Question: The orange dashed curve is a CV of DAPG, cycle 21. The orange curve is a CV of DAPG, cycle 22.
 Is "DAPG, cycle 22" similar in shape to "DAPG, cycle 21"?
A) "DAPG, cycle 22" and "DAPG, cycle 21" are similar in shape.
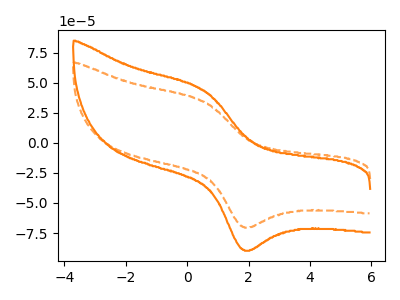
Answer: <think>The orange dashed curve "DAPG, cycle 21" has an anodic peak at (0.55V, 34.30uA) and a cathodic peak at (1.85V, -70.00uA). The orange curve "DAPG, cycle 22" has an anodic peak at (0.55V, 43.65uA) and a cathodic peak at (1.85V, -89.05uA).
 All the peaks in "DAPG, cycle 22" have a peak in "DAPG, cycle 21" at the same potential. Every peak in "DAPG, cycle 22" is higher than every peak in "DAPG, cycle 21".</think>
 <answer>A) "DAPG, cycle 22" and "DAPG, cycle 21" are similar in shape.</answer>
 <eval>A</eval>